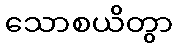
သောစယိတွာ